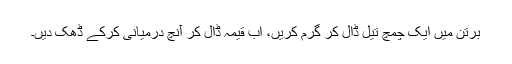
برتن میں ایک چمچ تیل ڈال کر گرم کریں، اب قیمہ ڈال کر آنچ درمیانی کرکے ڈھک دیں۔